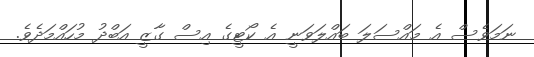
ނަމަވެސް އެ މައްސަލަ ބައްލަވަނީ އެ ކޯޓީގެ އިސް ގާޒީ އަބްދު މުހައްމަދެވެ.